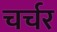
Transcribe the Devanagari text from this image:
चर्चर